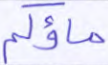
ماؤكم